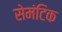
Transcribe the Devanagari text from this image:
सेमंटिक